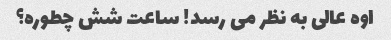
اوه عالی به نظر می رسد! ساعت شش چطوره؟